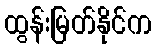
ထွန်းမြတ်နိုင်က